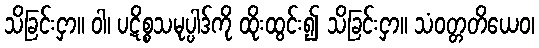
သိခြင်းငှာ။ ဝါ၊ ပဋိစ္စသမုပ္ပါဒ်ကို ထိုးထွင်း၍ သိခြင်းငှာ။ သံဝတ္တတိယေဝ၊